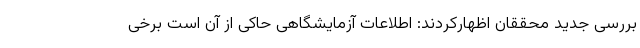
بررسی جدید محققان اظهارکردند: اطلاعات آزمایشگاهی حاکی از آن است برخی